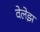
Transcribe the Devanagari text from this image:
वेलेझ